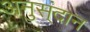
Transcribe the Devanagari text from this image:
अनुस्ंदान